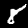
Digit: 8